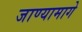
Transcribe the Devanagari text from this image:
जाण्यामागे